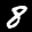
Digit: 8